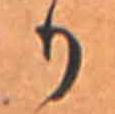
か